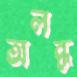
অলব্ধ